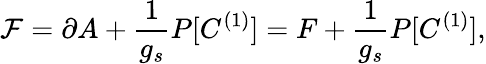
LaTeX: {\cal F}=\partial A+\frac{1}{g_{s}}P[C^{(1)}]=F+\frac{1}{g_{s}}P[C^{(1)}],